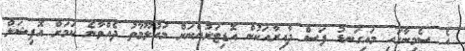
އެ ސެމިނާގައި މައިގަނޑު ފަސް ދާއިރާއަކުން އޮޑިޓަރުންނަށް މައުލޫމާތު ދެއްވާނެ ކަމަށް އޮފިޝަލް